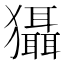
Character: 𤣒